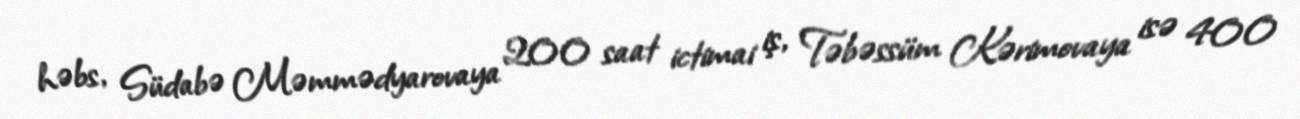
həbs, Südabə Məmmədyarovaya 200 saat ictimai iş, Təbəssüm Kərimovaya isə 400